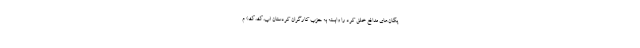
یگان‌های مدافع خلق کرد را وابسته به حزب کارگران کردستان (پ.ک.ک) م